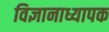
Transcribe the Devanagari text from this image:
विज्ञानाध्यापक